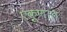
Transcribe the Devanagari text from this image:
एकूणात